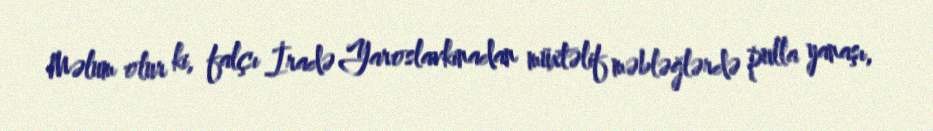
Məlum olur ki, falçı İradə Yaroslavkinadan müxtəlif məbləğlərdə pulla yanaşı,